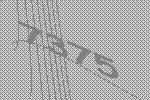
7375